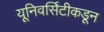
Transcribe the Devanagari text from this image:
यूनिवर्सिटीकडून